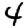
Digit: 4